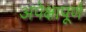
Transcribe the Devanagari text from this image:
अपेक्षापूर्ण